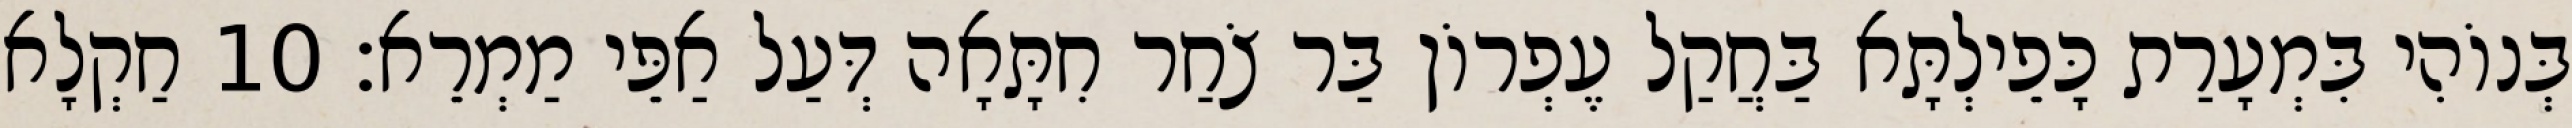
בְּנוֹהִי בִּמְעָרַת כָּפֵילְתָּא בַּחֲקַל עֶפְרוֹן בַּר צֹחַר חִתָּאָה דְּעַל אַפֵּי מַמְרֵא׃ 10 חַקְלָא